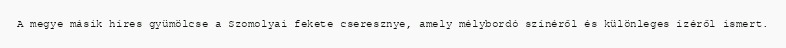
A megye másik híres gyümölcse a Szomolyai fekete cseresznye, amely mélybordó színéről és különleges ízéről ismert.